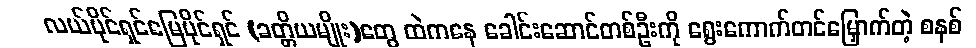
လယ်ပိုင်ရှင်မြေပိုင်ရှင် (ခတ္တိယမျိုး)တွေ ထဲကနေ ခေါင်းဆောင်တစ်ဦးကို ရွေးကောက်တင်မြှောက်တဲ့ စနစ်